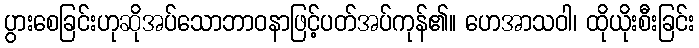
ပွားစေခြင်းဟုဆိုအပ်သောဘာဝနာဖြင့်ပတ်အပ်ကုန်၏။ ဟေအာသဝါ၊ ထိုယိုးစီးခြင်း